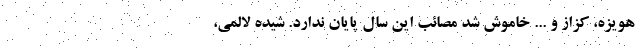
هویزه، کزاز و ... خاموش شد مصائب این سال پایان ندارد. شیده لالمی،